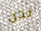
نحن